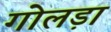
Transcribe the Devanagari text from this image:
गोलड़ा